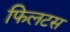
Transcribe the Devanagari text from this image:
फिलटस